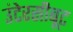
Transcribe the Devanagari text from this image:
उंटेरसीबूट